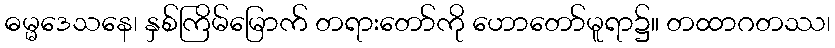
ဓမ္မဒေသနေ၊ နှစ်ကြိမ်မြောက် တရားတော်ကို ဟောတော်မူရာ၌။ တထာဂတဿ၊